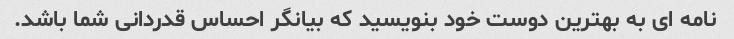
نامه ای به بهترین دوست خود بنویسید که بیانگر احساس قدردانی شما باشد.